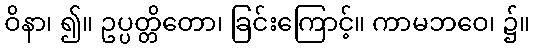
ဝိနာ၊ ၍။ ဥပ္ပတ္တိတော၊ ခြင်းကြောင့်။ ကာမဘဝေ၊ ၌။